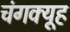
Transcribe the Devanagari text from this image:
चंगक्यूह